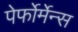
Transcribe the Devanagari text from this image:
पेर्फोर्मेन्स